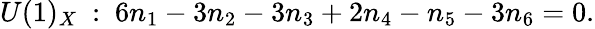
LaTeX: U(1)_{X}~:~6n_{1}-3n_{2}-3n_{3}+2n_{4}-n_{5}-3n_{6}=0.